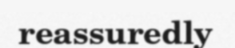
reassuredly